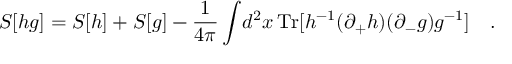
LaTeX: S [ h g ] = S [ h ] + S [ g ] - \frac { 1 } { 4 \pi } \int \! d ^ { 2 } x \, \mathrm { T r } [ h ^ { - 1 } ( \partial _ { + } h ) ( \partial _ { - } g ) g ^ { - 1 } ] \quad .